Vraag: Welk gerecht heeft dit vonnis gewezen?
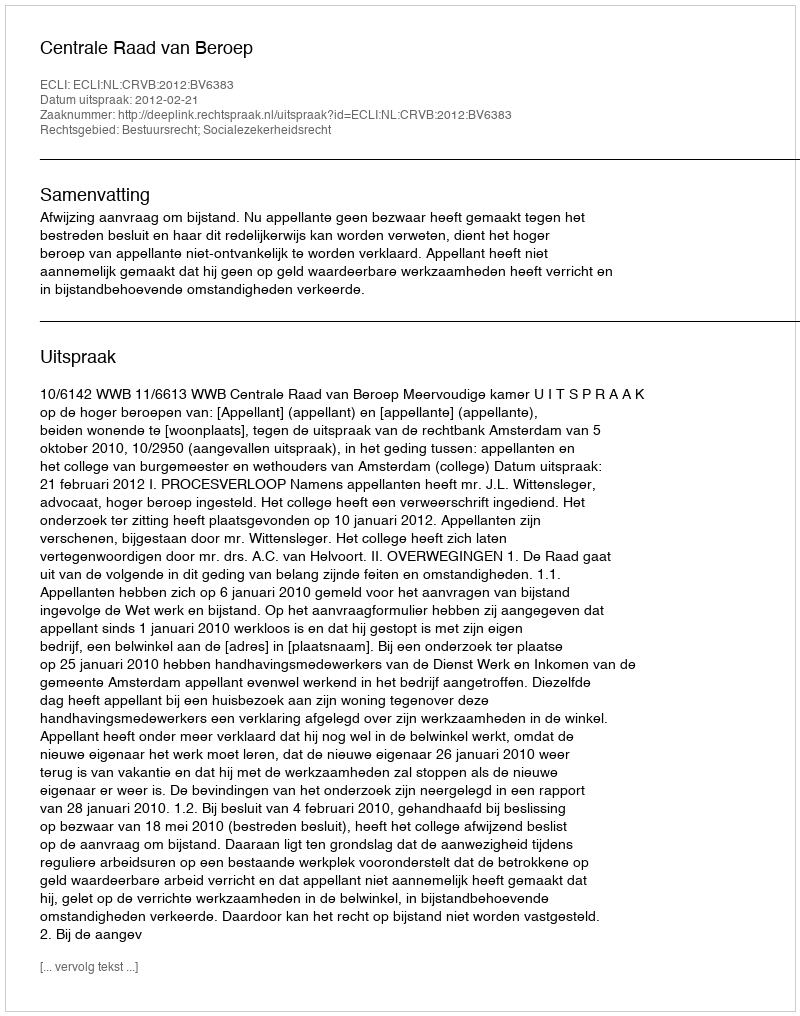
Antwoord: Centrale Raad van Beroep